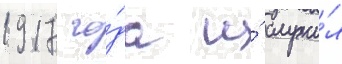
1917 го́да и́ служи́л